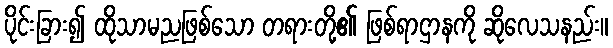
ပိုင်းခြား၍ ထိုသာမညဖြစ်သော တရားတို့၏ ဖြစ်ရာဌာနကို ဆိုလေသနည်း။